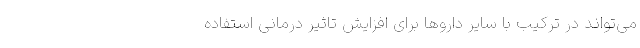
می‌تواند در ترکیب با سایر داروها برای افزایش تاثیر درمانی استفاده